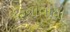
દફનાવાયા